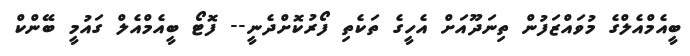
ބީއެމްއެލްގެ މުވައްޒަފުން ތިނަދޫއަށް އެހީގެ ތަކެތި ފޯރުކޮށްދެނީ-- ފޮޓޯ ބީއެމްއެލް ގައުމީ ބޭންކް